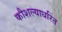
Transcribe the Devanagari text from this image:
कौशल्याधरित